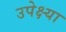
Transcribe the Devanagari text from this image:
उपेक्ष्या